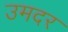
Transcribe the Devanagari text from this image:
उमदर